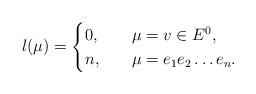
LaTeX: \begin{align*} l(\mu) =\begin{cases}0, &\quad\mu=v\in E^0,\\n, &\quad\mu=e_1e_2\dots e_n.\\\end{cases}\end{align*}